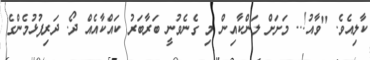
ކާލިއެވެ. "ވާއު!.. މަށަށް ލަންކާއިން މި ގެނެވުނީ ބަރާބަރު ކައްކާއެއް ދޯ. ދަރިފުޅުމެންގެ